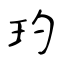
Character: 玓